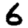
Digit: 6